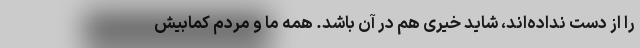
را از دست نداده‌اند، شاید خیری هم در آن باشد. همه ما و مردم کمابیش